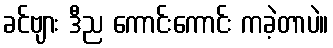
ခင်ဗျား ဒီည ကောင်းကောင်း ကခဲ့တာပဲ။